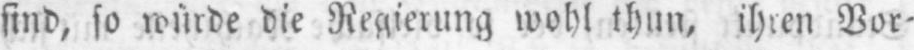
sind, so würde die Regierung wohl thun, ihren Vor⸗